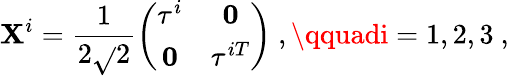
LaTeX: \mathbf{X}^{i}=\frac{{1}}{{2\sqrt{}{{2}}}}\left(\begin{array}{cc}{{\tau^{i}}}&{{{\mathbf 0}}}\\ {{{\mathbf 0}}}&{{\tau^{iT}}}\end{array}\right)\ ,\qquadi=1,2,3\ ,